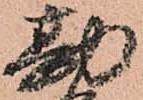
勘